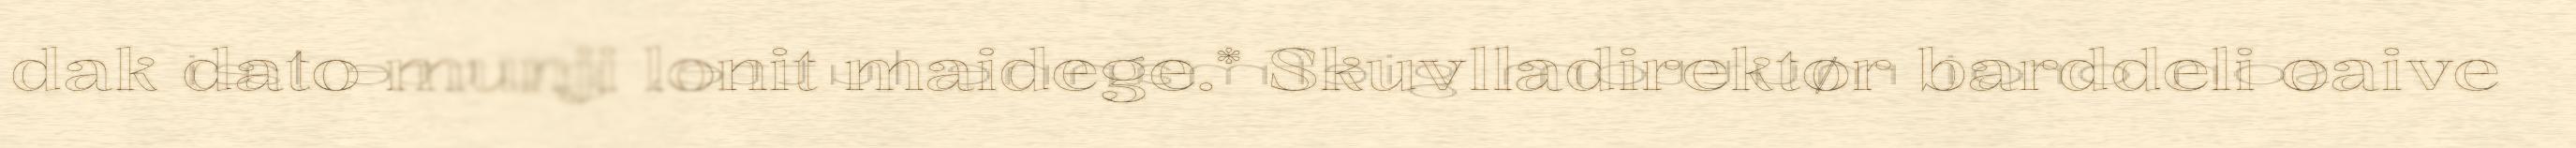
dak dato munji lonit maidege.* Skuvlladirektør barddeli oaive